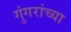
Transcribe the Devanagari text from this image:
गुंगरांच्या